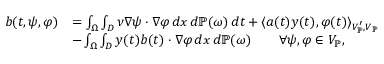
\begin{array} { r l } { b ( t , \psi , \varphi ) } & { = \int _ { \Omega } \int _ { D } \nu \nabla \psi \cdot \nabla \varphi \, d x \, d \mathbb { P } ( \omega ) \, d t + \langle a ( t ) y ( t ) , \varphi ( t ) \rangle _ { V _ { \mathbb { P } } ^ { \prime } , V _ { \mathbb { P } } } } \\ & { - \int _ { \Omega } \int _ { D } y ( t ) b ( t ) \cdot \nabla \varphi \, d x \, d \mathbb { P } ( \omega ) \qquad \forall \psi , \varphi \in V _ { \mathbb { P } } , } \end{array}